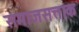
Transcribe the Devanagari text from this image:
समाजसत्ताक